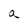
Character: a